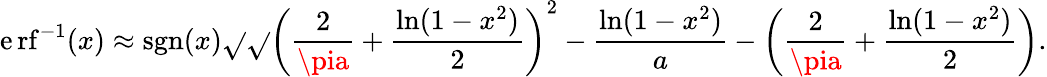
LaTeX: \operatorname{\mathrm{e}rf}^{-1}(x)\approx\operatorname{sgn}(x){\sqrt{}{{{\sqrt{}{{\left({\frac{{2}}{{\pia}}}+{\frac{{\ln(1-x^{2})}}{{2}}}\right)^{2}-{\frac{{\ln(1-x^{2})}}{{a}}}}}}-\left({\frac{{2}}{{\pia}}}+{\frac{{\ln(1-x^{2})}}{{2}}}\right)}}}.